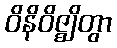
ဝိနိဝိဇ္ဈိတွာ